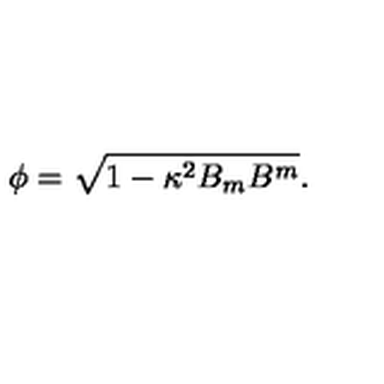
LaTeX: \phi = \sqrt { 1 - \kappa ^ { 2 } B _ { m } B ^ { m } } .